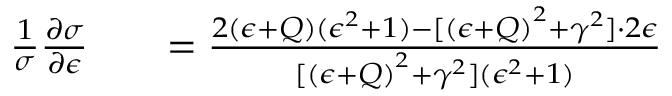
\begin{array} { r l r } { \frac { 1 } { \sigma } \frac { \partial \sigma } { \partial \epsilon } } & { { } } & { = \frac { 2 ( \epsilon + Q ) ( \epsilon ^ { 2 } + 1 ) - [ { ( \epsilon + Q ) } ^ { 2 } + \gamma ^ { 2 } ] \cdot 2 \epsilon } { [ { ( \epsilon + Q ) } ^ { 2 } + \gamma ^ { 2 } ] ( \epsilon ^ { 2 } + 1 ) } } \end{array}